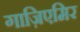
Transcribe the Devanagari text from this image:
गाज़िएमिर